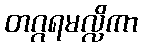
တဂ္ဂရမလ္လိကာ